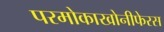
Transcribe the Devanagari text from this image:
परमोकाखोनीफेरस